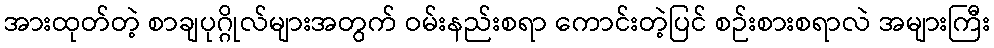
အားထုတ်တဲ့ စာချပုဂ္ဂိုလ်များအတွက် ဝမ်းနည်းစရာ ကောင်းတဲ့ပြင် စဉ်းစားစရာလဲ အများကြီး